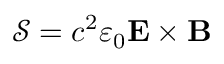
{ \mathcal { S } } = c ^ { 2 } \varepsilon _ { 0 } \mathbf { E } \times \mathbf { B }